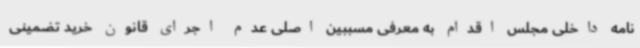
نامه داخلی مجلس اقدام به معرفی مسببین اصلی عدم اجرای قانون خرید تضمینی